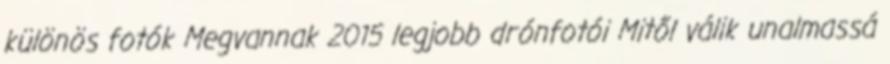
különös fotók Megvannak 2015 legjobb drónfotói Mitől válik unalmassá